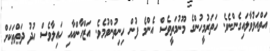
އަތްއަޅުވާލައިގެންނެވެ. ހަތަރުމީހުންގެ މޫނުމަތީވެސް އެންމެ ފުން ހިނިތުންވުމެވެ. އަޒްހާންއާއި ހައިލާވެސް ހުދު ދަތްތަކަށް